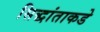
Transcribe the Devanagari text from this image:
सिद्धांताकडे